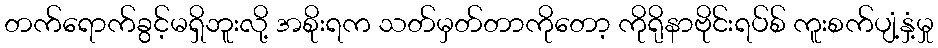
တက်ရောက်ခွင့်မရှိဘူးလို့ အစိုးရက သတ်မှတ်တာကိုတော့ ကိုရိုနာဗိုင်းရပ်စ် ကူးစက်ပျံ့နှံ့မှု